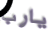
يارب